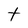
Character: t